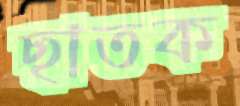
ছাতক